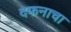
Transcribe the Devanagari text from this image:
दफनाचा